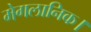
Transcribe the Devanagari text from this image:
मेगलानिक।